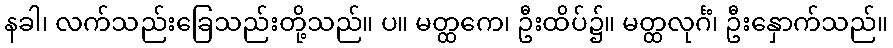
နခါ၊ လက်သည်းခြေသည်းတို့သည်။ ပ။ မတ္ထကေ၊ ဦးထိပ်၌။ မတ္ထလုင်္ဂံ၊ ဦးနှောက်သည်။